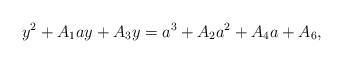
LaTeX: \begin{align*} y^2 + A_1ay + A_3y = a^3 + A_2a^2 + A_4a + A_6,\end{align*}